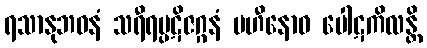
ရသာနုဘဝနံ သရီရပ္ပဋိဇဂ္ဂနံ ပဟီနောဝ ပေါဋကိလန္တိ